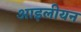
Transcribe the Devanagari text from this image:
आइलीयन